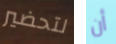
لتحضير أن